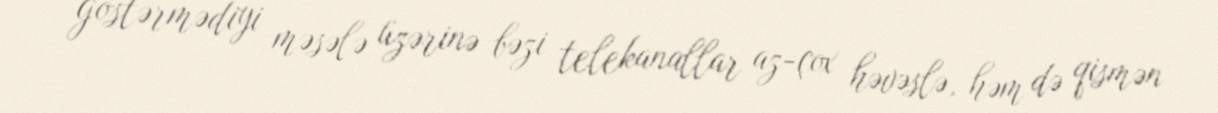
göstərmədiyi məsələ üzərinə bəzi telekanallar az-çox həvəslə, həm də qismən